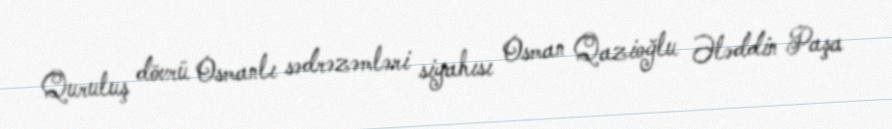
Quruluş dövrü Osmanlı sədrəzəmləri siyahısı Osman Qazioğlu Ələddin Paşa